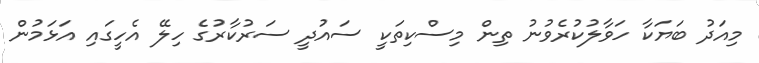
މިއަދު ބަޔަކާ ހަވާލުކުރެވުނު ތިން މިސްކިތަކީ ސައުދީ ސަރުކާރުގެ ހިލޭ އެހީގައި އަޅަމުން